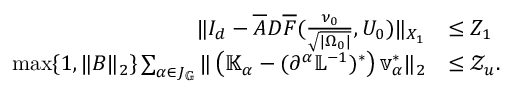
\begin{array} { r l } { \| I _ { d } - \overline { { A } } D \overline { { F } } ( \frac { \nu _ { 0 } } { \sqrt { | { \Omega _ { 0 } } | } } , U _ { 0 } ) \| _ { X _ { 1 } } } & { \leq Z _ { 1 } } \\ { \operatorname* { m a x } \{ 1 , \| { B } \| _ { 2 } \} \sum _ { \alpha \in J _ { \mathbb { G } } } \| \left( \mathbb { K } _ { \alpha } - ( \partial ^ { \alpha } \mathbb { L } ^ { - 1 } ) ^ { * } \right) \mathbb { v } _ { \alpha } ^ { * } \| _ { 2 } } & { \leq \mathcal { Z } _ { u } . } \end{array}